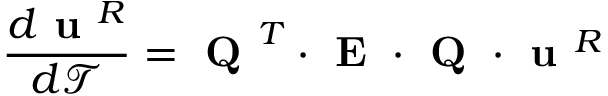
\frac { d \textbf { u } ^ { R } } { d \mathcal { T } } = \textbf { Q } ^ { T } \cdot \textbf { E } \cdot \textbf { Q } \cdot \textbf { u } ^ { R }